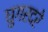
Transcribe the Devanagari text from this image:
घुगरदरे